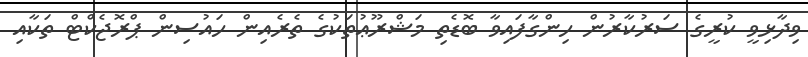
ވިދާޅިވީ ކުރީގެ ސަރުކާރުން ހިންގާފައިވާ ބޮޑެތި މަޝްރޫޢުތަކުގެ ތެރެއިން ހައުސިން ޕްރޮޖެކްޓް ތަކާއި